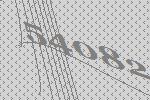
54082